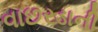
વાછરડાની